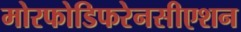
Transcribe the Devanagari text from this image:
मोरफोडिफरेनसीएशन